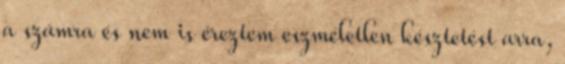
a számra és nem is éreztem eszméletlen késztetést arra,